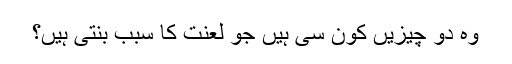
وہ دو چیزیں کون سی ہیں جو لعنت کا سبب بنتی ہیں؟